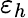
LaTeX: \varepsilon_{h}